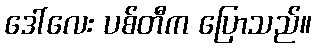
ဒေါ်လေး ပစ်တီက ပြောသည်။